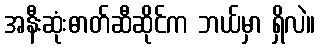
အနီးဆုံးဓာတ်ဆီဆိုင်က ဘယ်မှာ ရှိလဲ။